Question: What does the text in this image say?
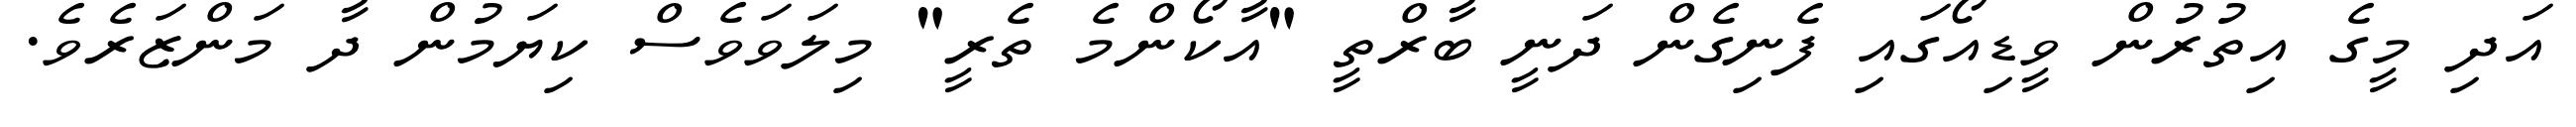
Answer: އަދި މީގެ އިތުރުން ވީޑިއޯގައި ފެނިގެން ދަނީ ބާރްތީ "އާކޯންމެ ތެރީ" މިލަވަވެސް ކިޔަމުން ދާ މަންޒަރެވެ.